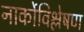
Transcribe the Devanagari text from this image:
नार्कोविश्लेषण